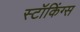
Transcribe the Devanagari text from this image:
स्टॉकिंग्स